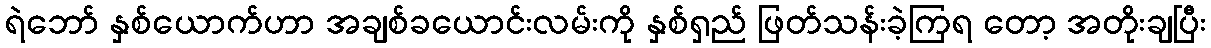
ရဲဘော် နှစ်ယောက်ဟာ အချစ်ခယောင်းလမ်းကို နှစ်ရှည် ဖြတ်သန်းခဲ့ကြရ တော့ အတိုးချပြီး